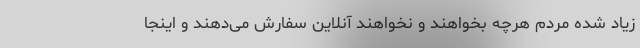
زیاد شده مردم هرچه بخواهند و نخواهند آنلاین سفارش می‌دهند و اینجا